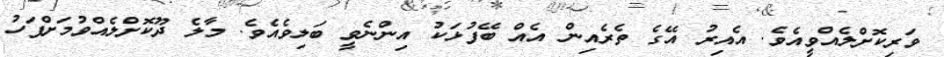
ވަރިކޮށްލެއްވީއެވެ. އެއިރު އޭގެ ތެރެއިން އެއް ބޭފުޅަކު އިންނެވީ ބަލިވެއެވެ. މާލެ ދޫކޮށްލެއްވުމަށްފަހު